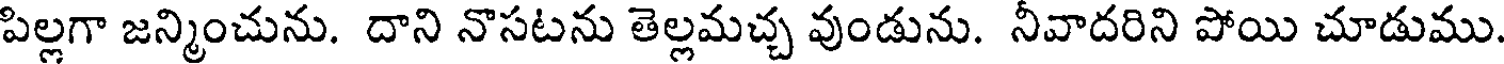
పిల్లగా జన్మించును. దాని నొసటను తెల్లమచ్చ వుండును. నీవాదరిని పోయి చూడుము.